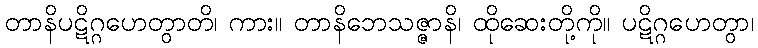
တာနိပဋိဂ္ဂဟေတွာတိ၊ ကား။ တာနိဘေသဇ္ဇာနိ၊ ထိုဆေးတို့ကို။ ပဋိဂ္ဂဟေတွာ၊